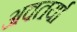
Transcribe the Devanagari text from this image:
अवतर्या